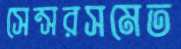
সেন্সরসমেত